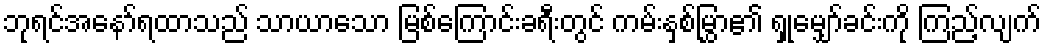
ဘုရင်အနော်ရထာသည် သာယာသော မြစ်ကြောင်းခရီးတွင် ကမ်းနှစ်မြွှာ၏ ရှုမျှော်ခင်းကို ကြည့်လျက်